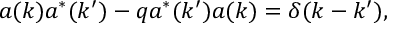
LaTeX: a ( k ) a ^ { * } ( k ^ { \prime } ) - q a ^ { * } ( k ^ { \prime } ) a ( k ) = \delta ( k - k ^ { \prime } ) ,